65_HS1-834228961_62-HQ-83894_Section_9
Agency: FBI
Page 119
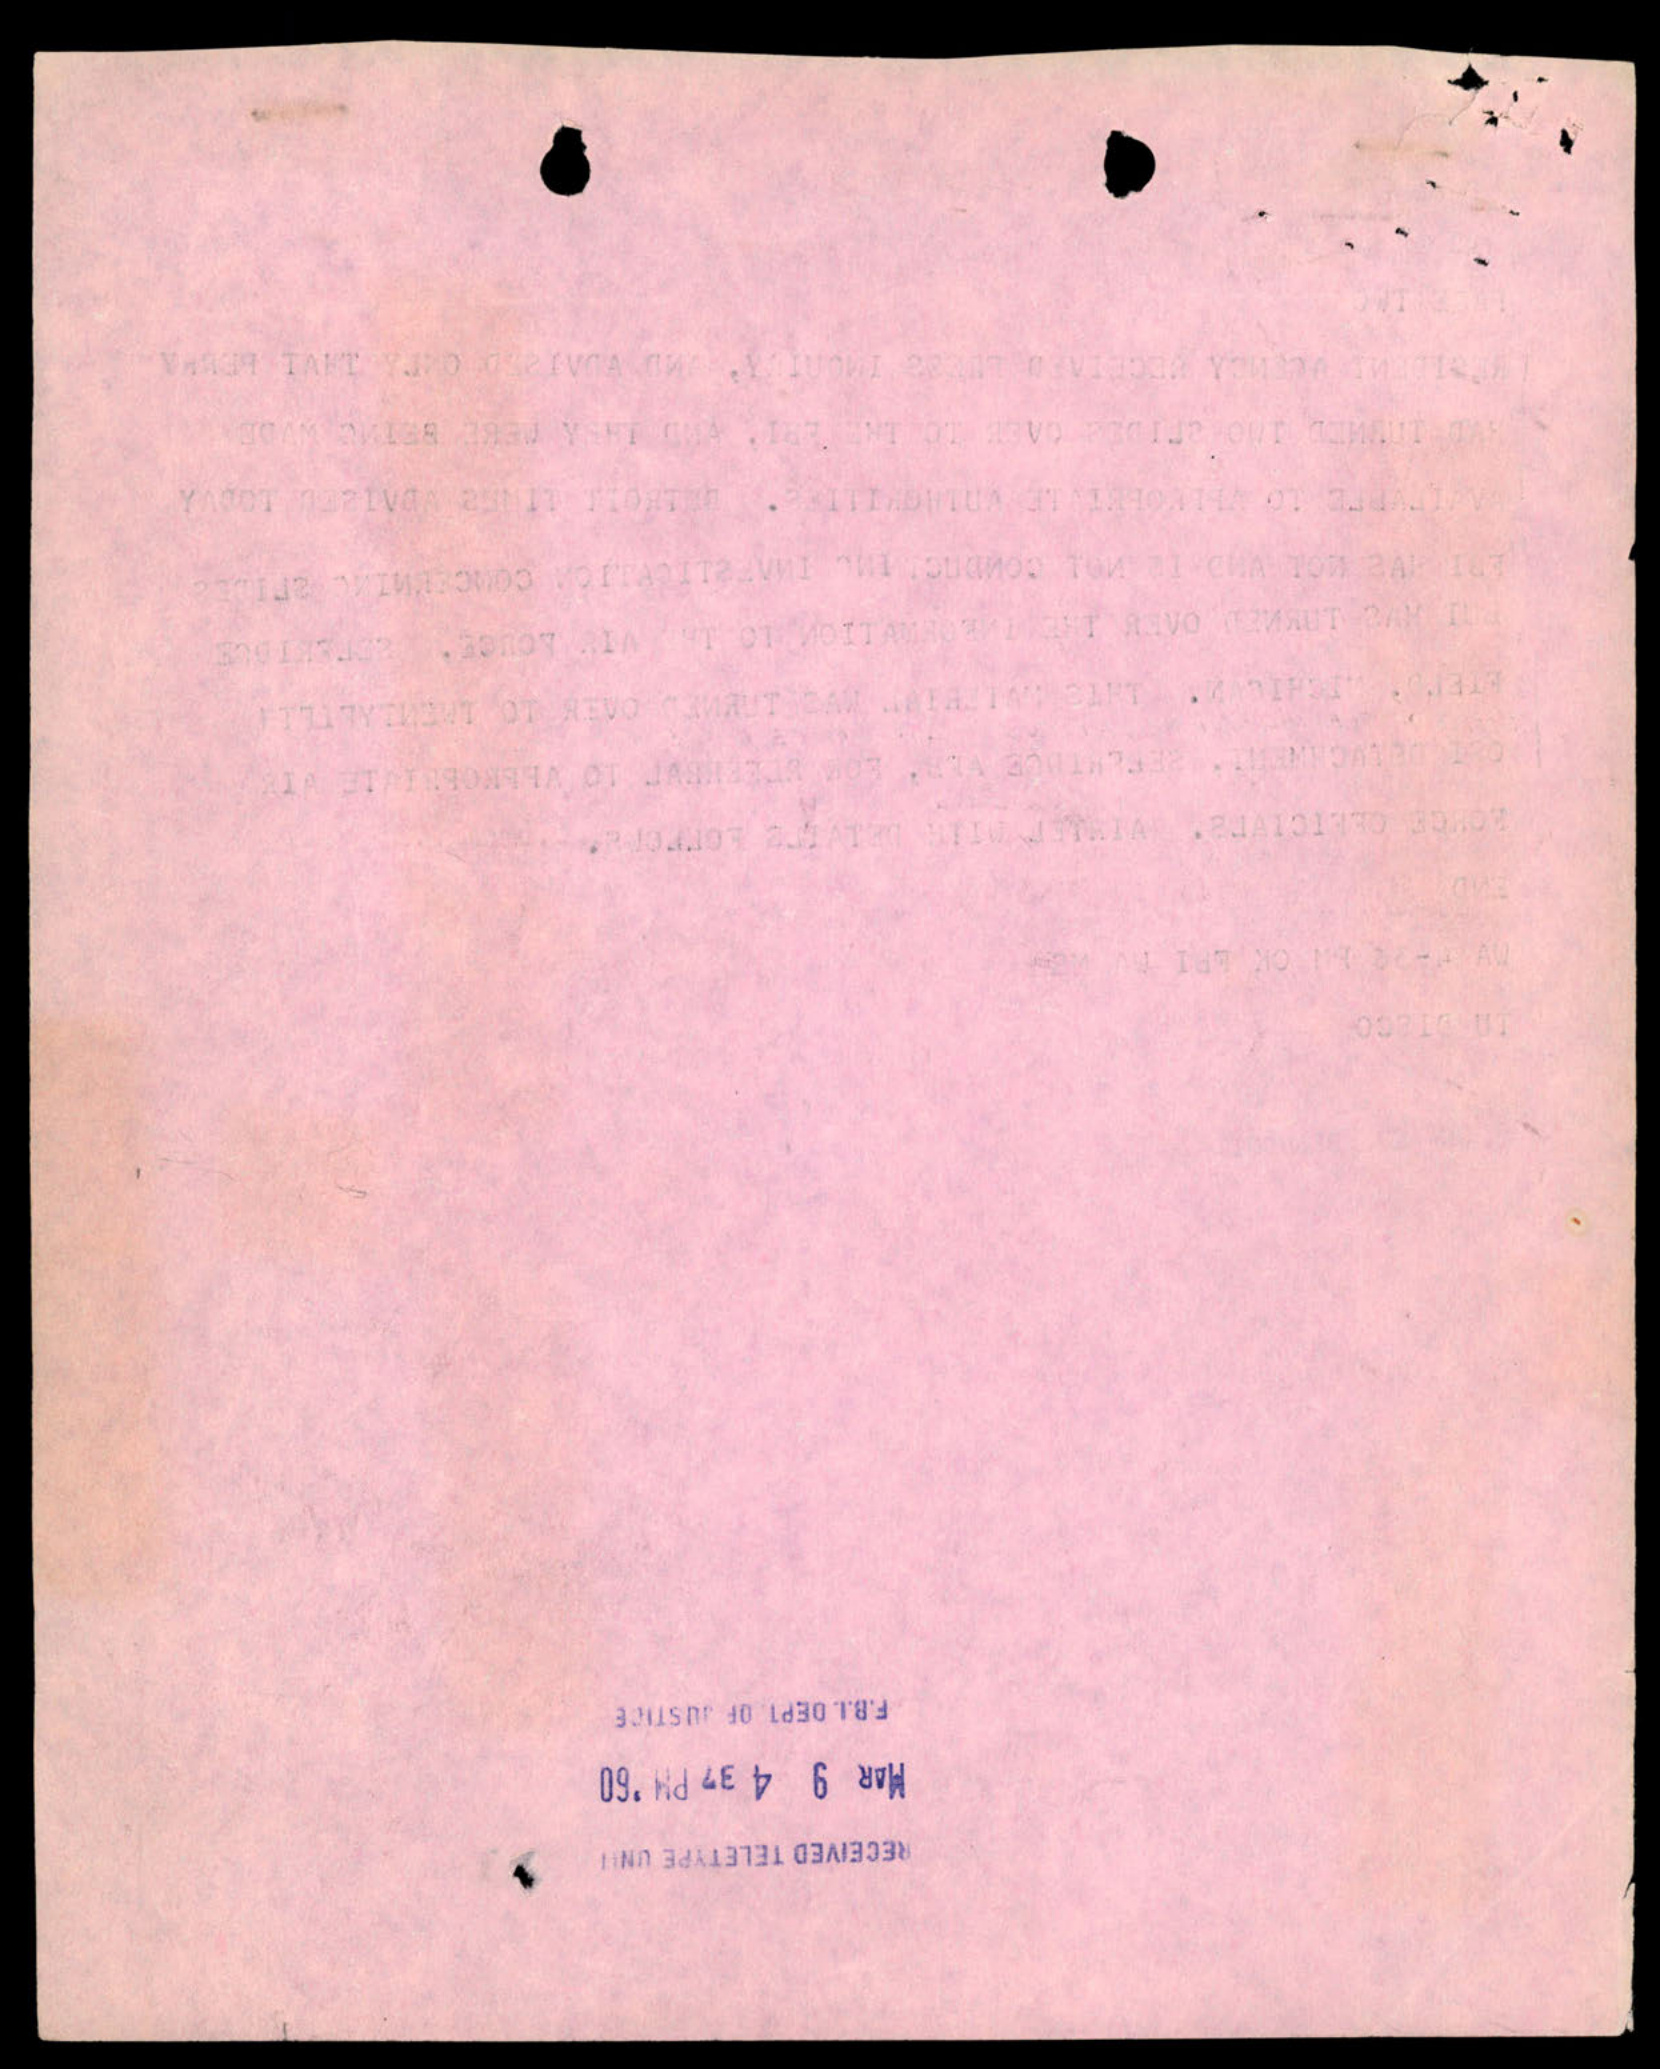